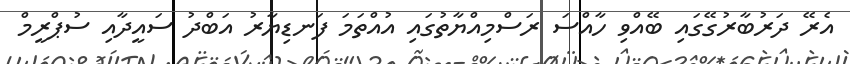
އެރޭ ދަރުބާރުގޭގައި ބޭއްވި ހާއްސަ ރަސްމިއްޔާތުގައި އުއްތަމަ ފަނޑިޔާރު އަބްދު ސައީދާއި ސުޕްރީމް